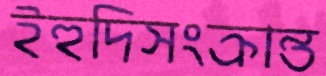
ইহুদিসংক্রান্ত